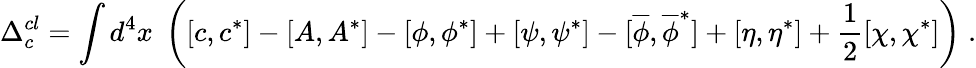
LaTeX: \Delta_{c}^{cl}=\int d^{4}x\; \left([c,c^{*}]-[A,A^{*}]-[\phi,\phi^{*}]+[\psi,\psi^{*}]-[\overline{{{\phi}}},\overline{{{\phi}}}^{*}]+[\eta,\eta^{*}]+\frac 12[\chi,\chi^{*}]\right)\; .